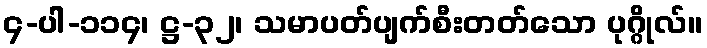
၄-ပါ-၁၁၄၊ ဋ္ဌ-၃၂၊ သမာပတ်ပျက်စီးတတ်သော ပုဂ္ဂိုလ်။